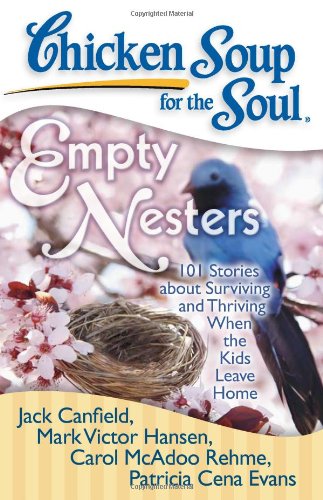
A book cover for Chicken Soup for the Soul: Empty Nesters: 101 Stories about Surviving and Thriving When the Kids Leave Home; Jack Canfield; Parenting & Relationships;